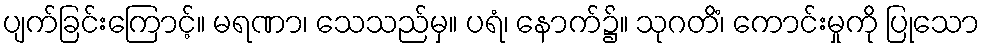
ပျက်ခြင်းကြောင့်။ မရဏာ၊ သေသည်မှ။ ပရံ၊ နောက်၌။ သုဂတိံ၊ ကောင်းမှုကို ပြုသော